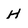
Character: H